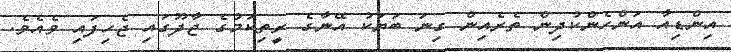
އިންޑިއާ އަންހެންކުދިން ތެރެއިން ގިނަ ބަޔަކު އޭނާގެ ރީތިކަމުގެ ޖާދޫގައި ޖެހިފައި ވެއެވެ.